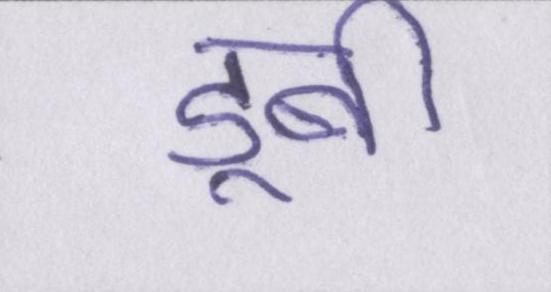
डूबी